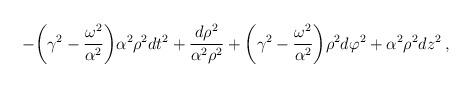
LaTeX: \begin{align*}-{\biggl (}\gamma^2-\frac{\omega^2}{\alpha^2} {\biggr )} \alpha^2 \rho^2 dt^2+ \frac{d \rho^2}{ \alpha^2 \rho^2}+ {\biggl (}\gamma^2-\frac{\omega^2}{\alpha^2} {\biggr )} \rho^2 d \varphi^2 +\alpha^2 \rho^2 dz^2\:, \end{align*}